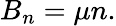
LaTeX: B_{n}=\mu n.